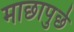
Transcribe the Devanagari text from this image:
माछापुर्छ